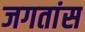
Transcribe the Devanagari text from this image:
जगतांस